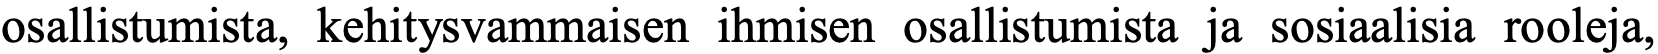
osallistumista, kehitysvammaisen ihmisen osallistumista ja sosiaalisia rooleja,